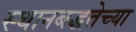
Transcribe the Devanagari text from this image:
स्थानबद्धतेच्या